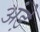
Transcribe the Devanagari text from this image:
अंड़े